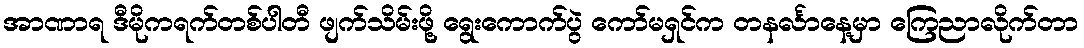
အာဏာရ ဒီမိုကရက်တစ်ပါတီ ဖျက်သိမ်းဖို့ ရွေးကောက်ပွဲ ကော်မရှင်က တနင်္လာနေ့မှာ ကြေညာလိုက်တာ